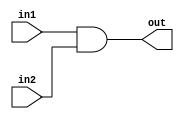
module bit32AND (out, in1,in2);
	input [31:0] in1,in2;
	output [31:0] out;
	assign out = in1 & in2;
endmodule

module bit32OR (out, in1, in2);
	input [31:0] in1, in2;
	output [31:0] out;
	assign out = in1 | in2;
endmodule

/*
module tb32bitand;
	reg [31:0] in1, in2;
	wire [31:0] out;
	bit32AND a1(out, in1, in2);
	initial
	$monitor(" in1 = %b, in2 = %b, out=%b", in1, in2, out);
	initial
	begin
		in1 = 32'hA5A5;
		in2 = 32'h5A5A;
		#100 in1 = 32'h5A5A;
		#400 $finish;
	end
endmodule
*/

/*
module tb32bitor;
	reg [31:0] in1, in2;
	wire [31:0] out;
	bit32OR a1(out, in1, in2);
	initial
	$monitor(" in1 = %b, in2 = %b, out=%b", in1, in2, out);
	initial
	begin
		in1 = 32'hA5A5;
		in2 = 32'h5A5A;
		#100 in1 = 32'h5A5A;
		#400 $finish;
	end
endmodule
*/